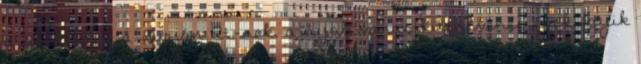
a székhelye a Surján Rt.-nek, a nyolcvanas-kilencvenes évek egyik